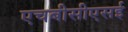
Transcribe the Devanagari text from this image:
एचबीसीएसई